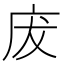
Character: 𢇷